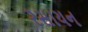
રસાયન